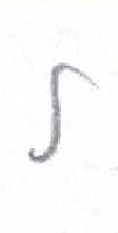
אות: ל